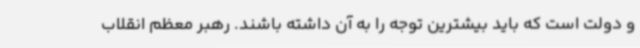
و دولت است که باید بیشترین توجه را به آن داشته باشند. رهبر معظم انقلاب